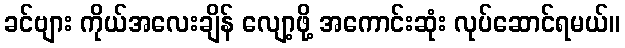
ခင်ဗျား ကိုယ်အလေးချိန် လျော့ဖို့ အကောင်းဆုံး လုပ်ဆောင်ရမယ်။